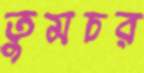
তুমচর